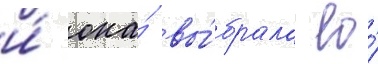
и́ она́ вы́брала ео́